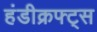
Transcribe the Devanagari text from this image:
हंडीक्रफ्ट्स